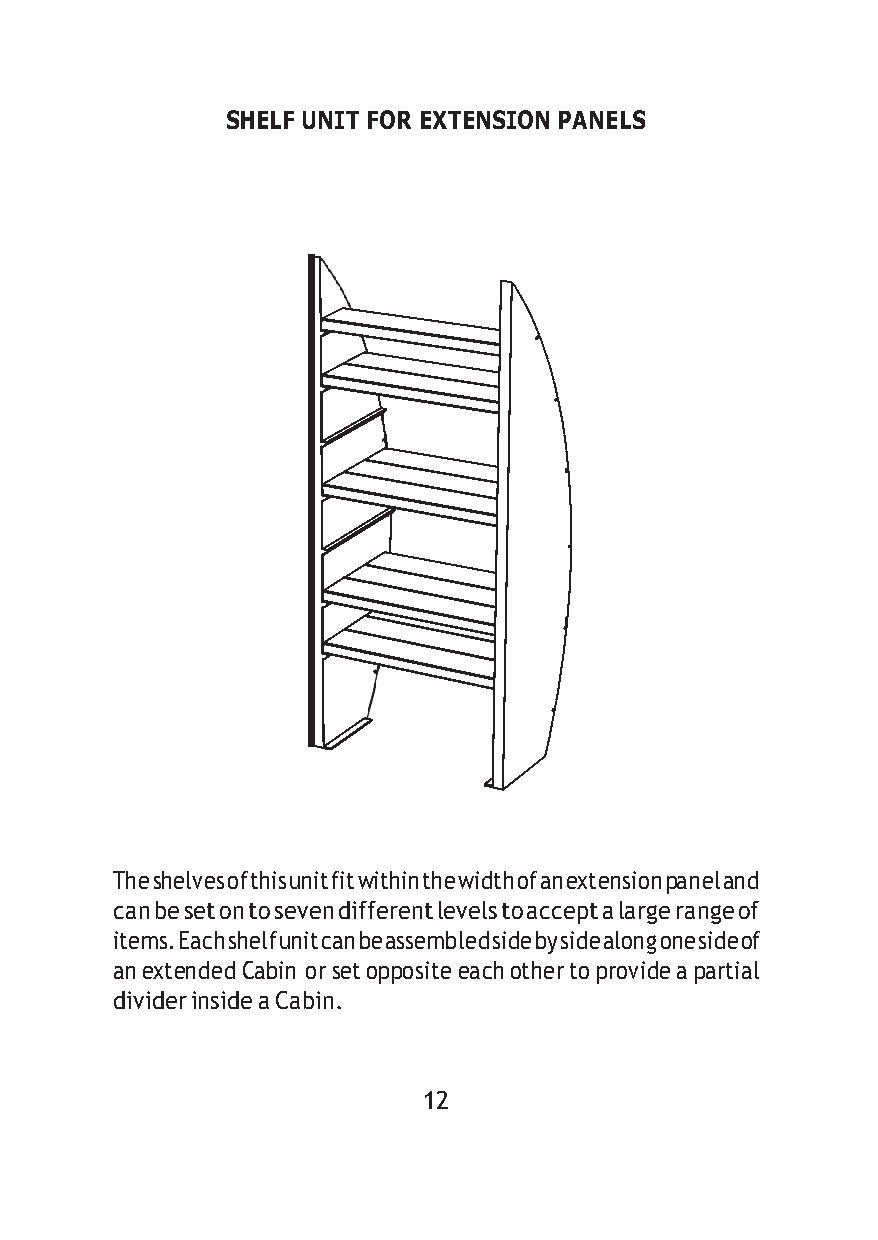
SHELF UNIT FOR EXTENSION PANELS
 The shelves of this unit fit within the width of an extension panel and
 can be set on to seven different levels to accept a large range of
 items. Each shelf unit can be assembled side by side along one side of
 an extended Cabin or set opposite each other to provide a partial
 divider inside a Cabin.
 12